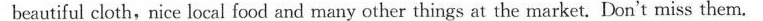
beautiful cloth,nice local food and many other things at the market. Don't miss them.